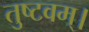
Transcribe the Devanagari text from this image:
तुष्टवम्।